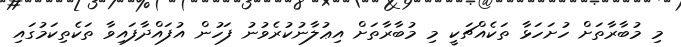
މި މުބާރާތަށް ހުށަހަޅާ ތަކެއްޗަކީ މި މުބާރާތަށް އިޢުލާނުކުރެވުނު ފަހުން އުފައްދާފައިވާ ތަކެތިކަމުގައި